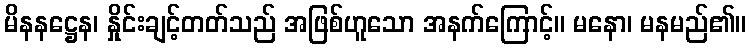
မိနနဋ္ဌေန၊ နှိုင်းချင့်တတ်သည် အဖြစ်ဟူသော အနက်ကြောင့်။ မနော၊ မနမည်၏။